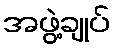
အဖွဲ့ချုပ်